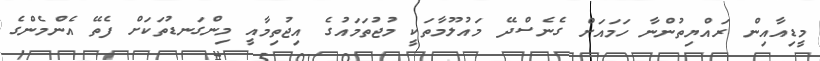
މީޑިއާއިން ރައްޔިތުންނާ ހަމައަށް ގެނެސްދޭ މައުލޫމާތަކީ މުޖުތަމައުގެ އިޖުތިމާއީ މިންގަނޑުތަކަށް ފެތޭ އެންމެންގެ